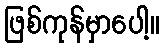
ဖြစ်ကုန်မှာပေါ့။